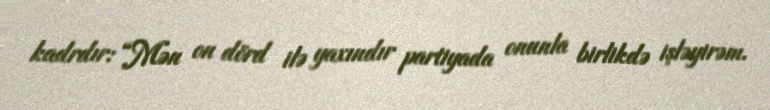
kadrdır: “Mən on dörd ilə yaxındır partiyada onunla birlikdə işləyirəm.